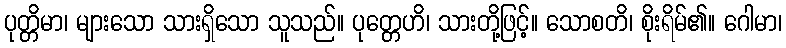
ပုတ္တိမာ၊ များသော သားရှိသော သူသည်။ ပုတ္တေဟိ၊ သားတို့ဖြင့်။ သောစတိ၊ စိုးရိမ်၏။ ဂေါမာ၊